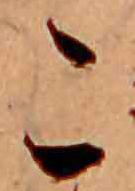
こ